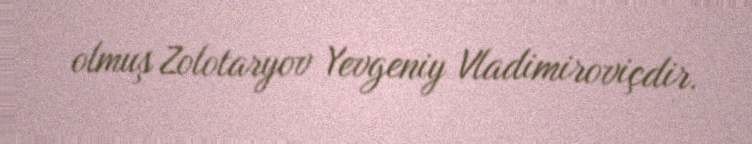
olmuş Zolotaryov Yevgeniy Vladimiroviçdir.